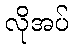
လိုအပ်